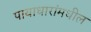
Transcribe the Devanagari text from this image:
पायाधारांमधील